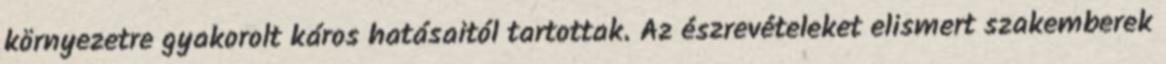
környezetre gyakorolt káros hatásaitól tartottak. Az észrevételeket elismert szakemberek